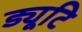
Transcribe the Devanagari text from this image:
ड्यूटि